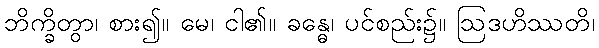
ဘိက္ခိတွာ၊ စား၍။ မေ၊ ငါ၏။ ခန္ဓေ၊ ပင်စည်း၌။ ဩဒဟိဿတိ၊